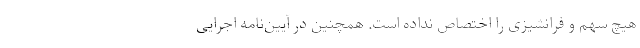
هیچ سهم و فرانشیزی را اختصاص نداده است. همچنین در آیین‌نامه اجرایی